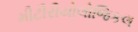
મીટીરીયોલોજિકલ